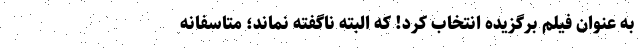
به عنوان فیلم برگزیده انتخاب کرد! که البته ناگفته نماند؛ متاسفانه